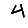
Digit: 4